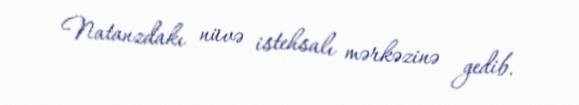
Natanzdakı nüvə istehsalı mərkəzinə gedib.